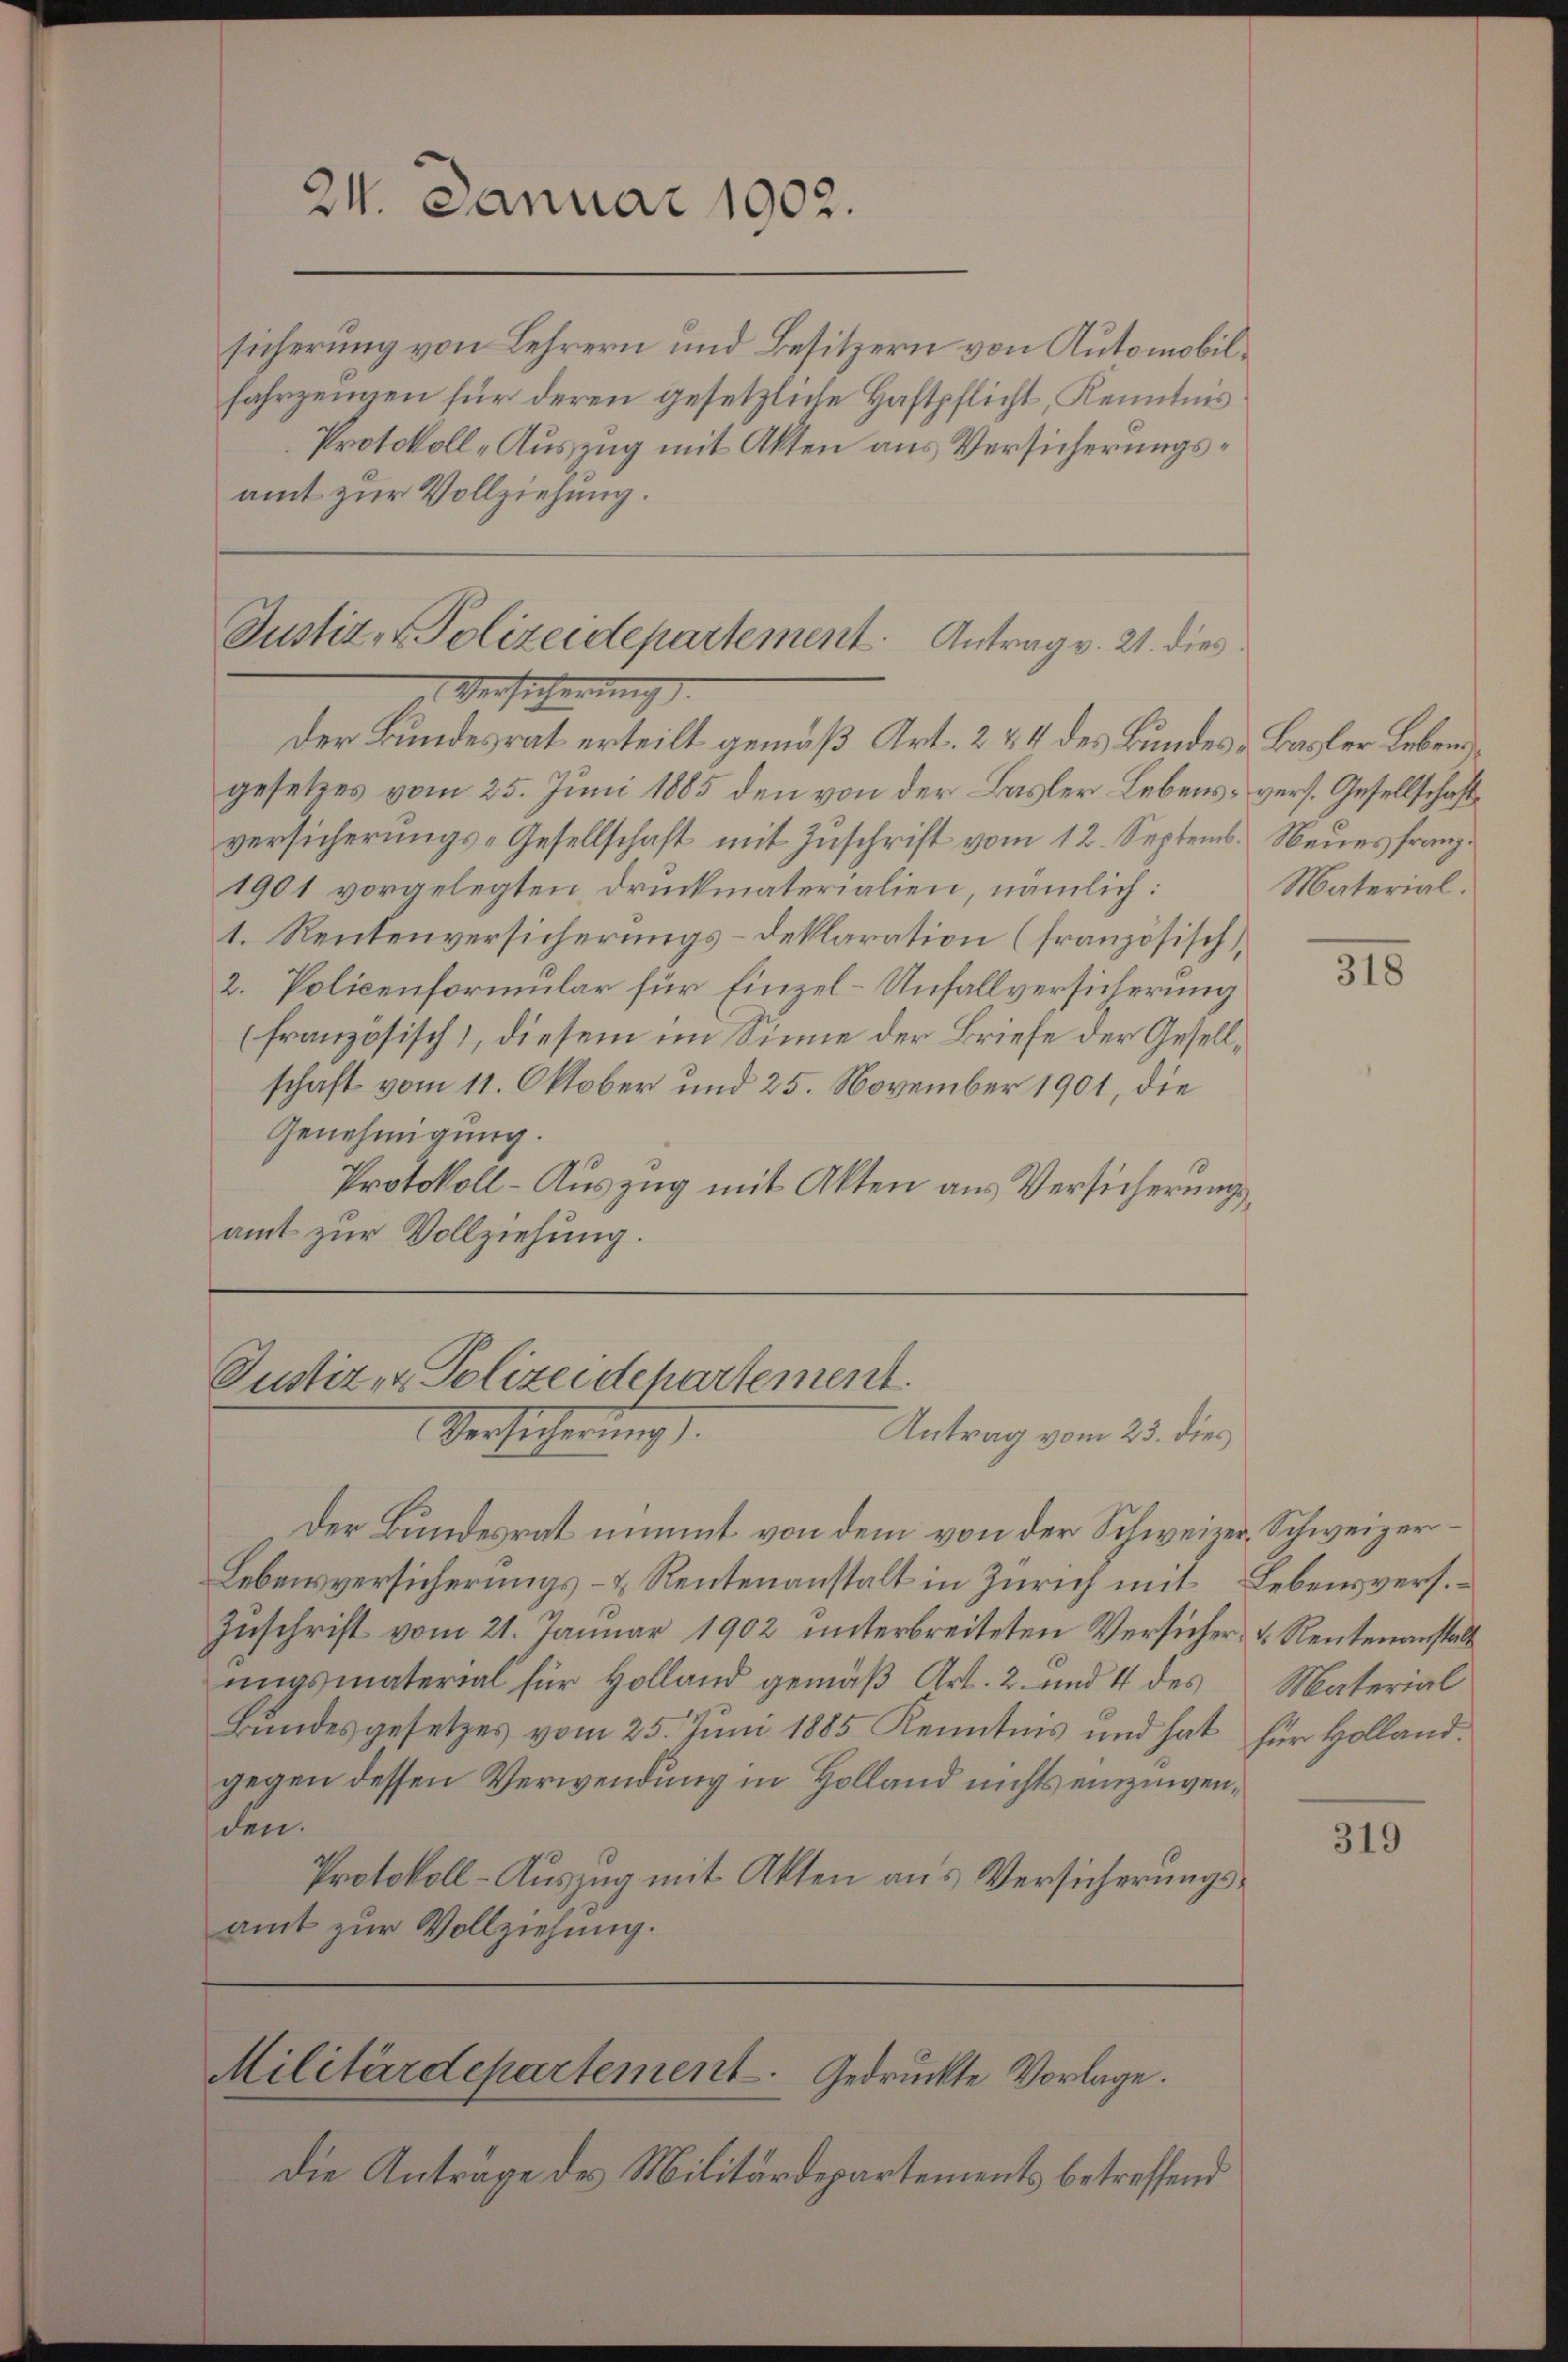
24. Januar 1902.

sicherung von Lehrern und Besitzern von Automobilfahrzeugen für deren gesetzliche Haftpflicht, Kenntnis
Protokoll-Auszug mit Akten aus Versicherungsamt zur Vollziehung.

Justiz- & Polizeidepartement. Antrag v. 21. dies
a. Versicherung.

der Bundesrat erteilt gemäß Art. 2 & 4 des Bundes - Basler Lebensgesetzes vom 25. Juni 1885 den von der Basler Lebens vers. Gesellschaft
versicherungs-Gesellschaft mit Zuschrift vom 12. Septemb. Neues franz
1901 vorgelegten Druckmaterialien, nämlich:
1. Rentenversicherungs-Deklaration (französisch,
2. Policenformular für Einzel-Unfallversicherung
(französisch), diesem im Sinne der Briefe der Gesellschaft vom 11. Oktober und 25. November 1901, die
Genehmigung.
Protokoll - Auszug mit Akten aus Versicherungsamt zur Vollziehung.

Justiz- & Polizeidchartement.
Versicherung).
Antrag vom 23. dies

Der Bundesrat nimmt von dem von der Schweizer-Schweizer¬
Lebensversicherungs- & Rentenanstalt in Zürich mit Lebensvers.
Zuschrift vom 21. Januar 1902 unterbreiteten Versicher u. Rentenanstalt
ŭngsmaterial für Holland gemäβ Art. 2. und 4 des
Bundesgesetzes vom 25. Juni 1885 Kenntnis und hat für Holland.
gegen dessen Verwendung in Holland nichts einzuwenden.
Protokoll-Auszug mit Akten aus Versicherungsamt zur Vollziehung.

Militärdepartement. Gedrückte Vorlage.

Die Anträge des Militärdepartements betreffend

Material.

318

Material

319